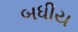
બધીય